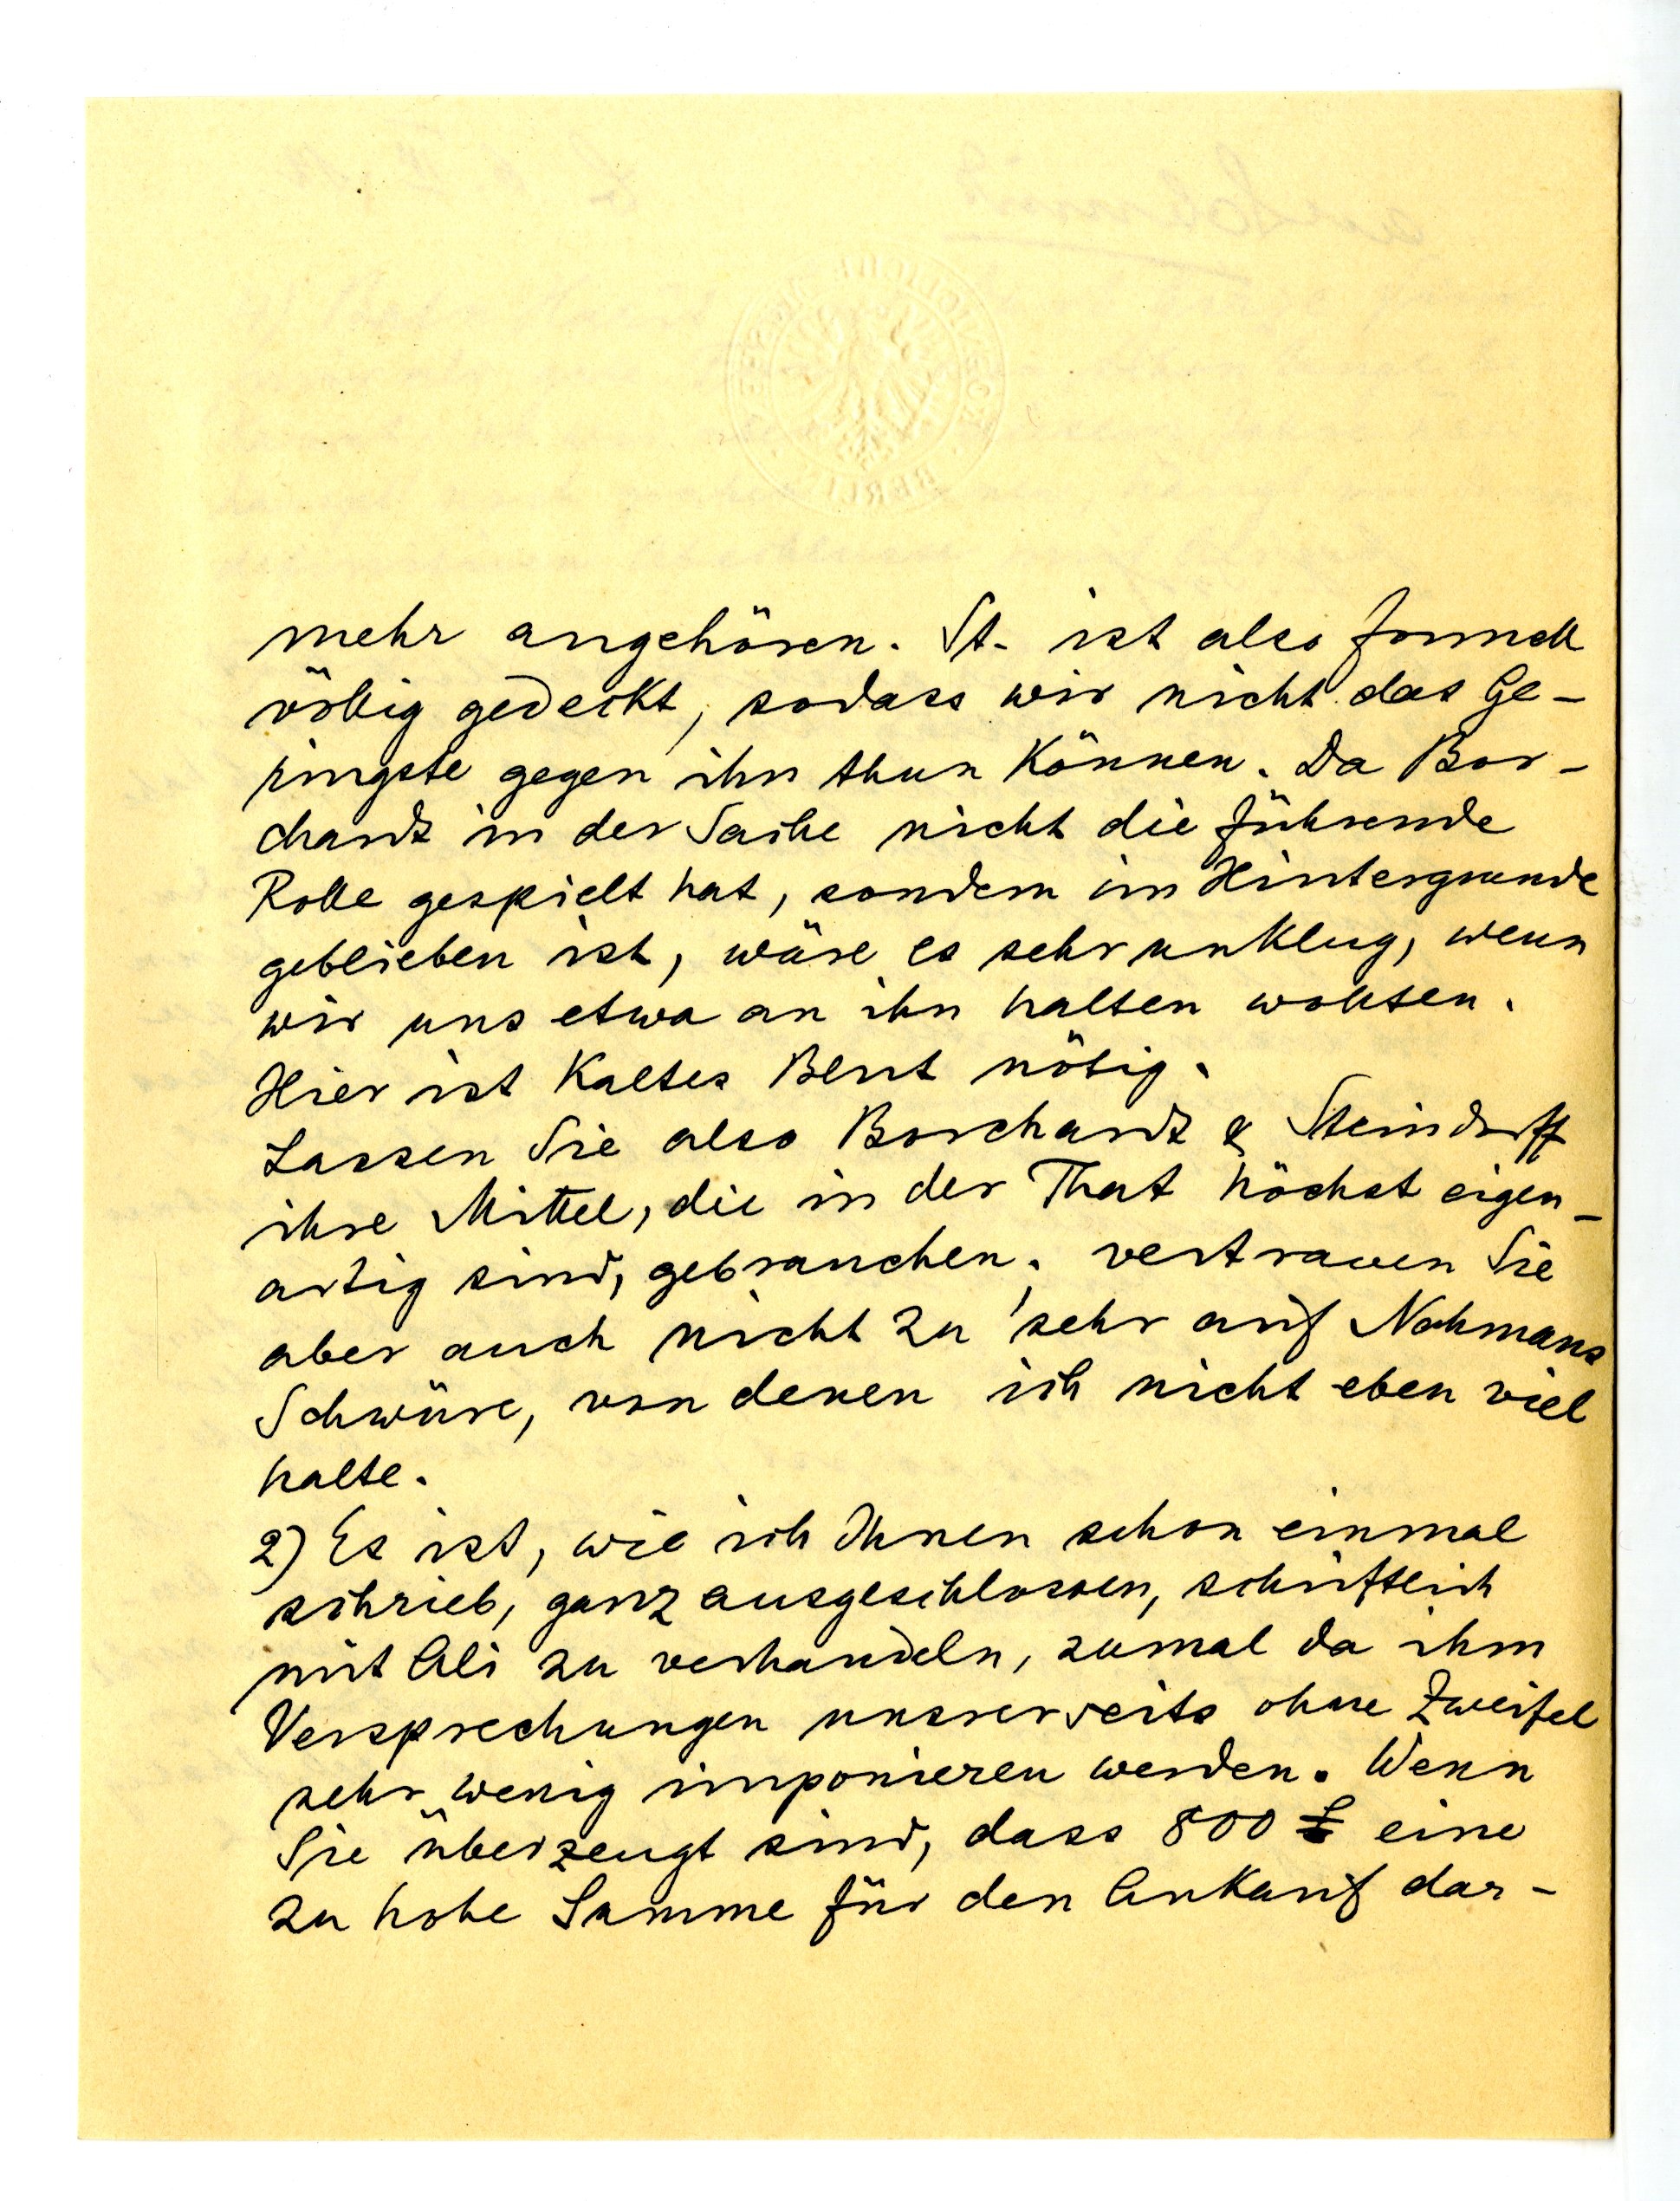
mehr angehören. St. ist aber formell
völlig gedeckt, sodass wir nicht das Ge¬
ringste gegen ihn thun können. Da Bor¬
chardt in der Sache nicht die führende
Rolle gespielt hat, sondern im Hintergrunde
geblieben ist, wäre es sehr unklug, wenn
wir uns etwa an ihn halten wollten.
Hier ist Kaltes  nötig.
Lassen Sie also Borchardt Steindorff
ihre Mittel, de in der That höchst eigen¬
artig sind, gebrauchen; vertrauen Sie
aber auch nicht zu sehr auf Nahmans
Schwüre, von denen ich nicht eben viel
halte.
2) Es ist wie ich Ihnen schon einmal
schrieb, ganz ausgeschlossen, schrifltich
mit Ali zu verhandeln, zumal da ihm
Versprechungen unsererseits ohne Zweifel
sehr wenig imponieren werden. Wenn
Sie überzeugt sind, dass 800 eine
zu hohe Summe für den Ankauf dar-